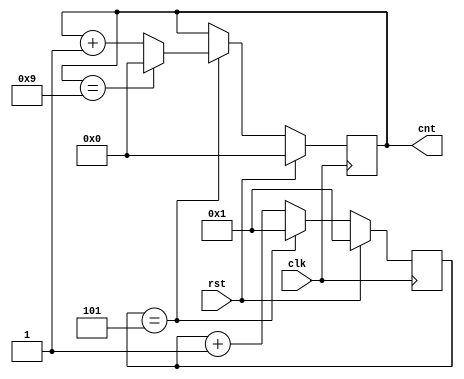
//sequence 0,0,.. REPEAT_LIMIT times
//1,1,1,.. REPEAT_LIMIT times
//2,2,2,...REPEAT_LIMIT times

//MAX_CNT,MAX_CNT,MAX_CNT,... REPEAT_LIMIT times
//0,0,.. REPEAT_LIMIT times

/*intance
counter2 #(.REPEAT_LIMIT(3),.MAX_CNT(26),.N(5)) INSTANCE_NAME (clk,rst,cnt);

*/
module counter2 (clk,rst,cnt);
	parameter REPEAT_LIMIT =5;		//how many time each cnt value has to be repeated
	parameter MAX_CNT=9;			// till what value cnt must count
	parameter N =4;					// number of bits required to reach max cnt value
	
	input clk,rst;
	output reg [N-1:0]cnt;
	
	
	
	reg[N-1:0] icnt;
	
	wire[N-1:0] d1,d2,b1;
	
	always@(posedge clk) begin
		if(rst)		cnt<=0;
		else		cnt<=d1;
	end
	
	always@(posedge clk) begin
		if(rst)		icnt<=1;
		else		icnt<=d2;
	end
	
	
	assign d1 = (icnt==REPEAT_LIMIT)? b1:cnt;
	
	assign b1 = (cnt==MAX_CNT)?0:cnt+1;		// this will decide till which value we want the cnt to repeat here it is 11
	
	assign d2 = (icnt==REPEAT_LIMIT)?1:icnt+1;
	
	
endmodule